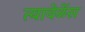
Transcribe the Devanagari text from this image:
त्यावेळेंस